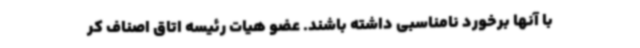
با آنها برخورد نامناسبی داشته باشند. عضو هیات رئیسه اتاق اصناف کر